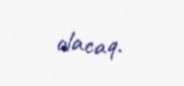
olacaq.